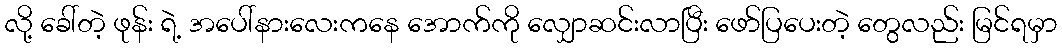
လို့ ခေါ်တဲ့ ဖုန်း ရဲ့ အပေါ်နားလေးကနေ အောက်ကို လျှောဆင်းလာပြီး ဖော်ပြပေးတဲ့ တွေလည်း မြင်ရမှာ